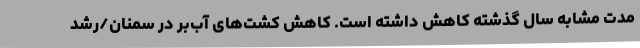
مدت مشابه سال گذشته کاهش داشته است. کاهش کشت‌های آب‌بر در سمنان/رشد